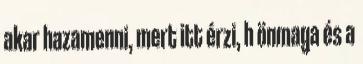
akar hazamenni, mert itt érzi, h önmaga és a